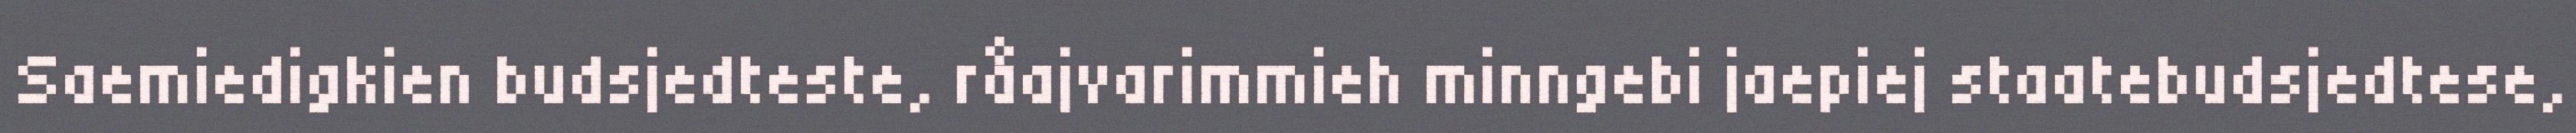
Saemiedigkien budsjedteste, råajvarimmieh minngebi jaepiej staatebudsjedtese,